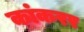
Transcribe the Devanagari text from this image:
कांकरर